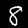
Label: 8